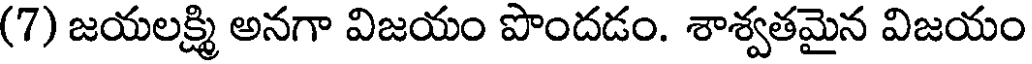
(7) జయలక్ష్మి అనగా విజయం పొందడం. శాశ్వతమైన విజయం